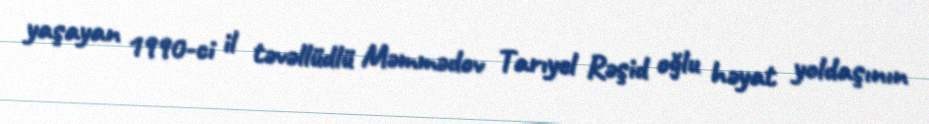
yaşayan 1990-ci il təvəllüdlü Məmmədov Tarıyel Rəşid oğlu həyat yoldaşının